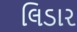
લિડાર